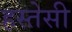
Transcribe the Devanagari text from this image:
हस्तेसी